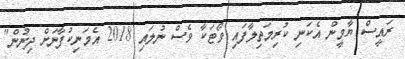
ރައީސް ޔާމީން އެކަނި ކުރިމަތިލާފައި ވޯޓަކާ ވެސް ނުލައި 2018 އެމަނިކުފާނަށް ދިނުން"